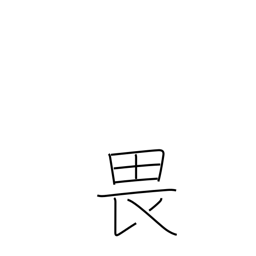
Meaning: fear